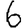
Digit: 6